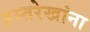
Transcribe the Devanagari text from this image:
हस्तरेखांना